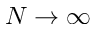
N \rightarrow \infty